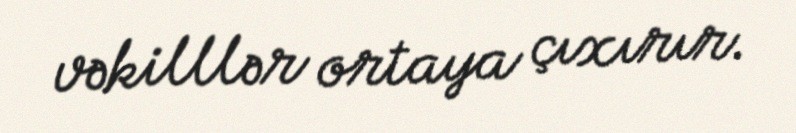
vəkilllər ortaya çıxırır.